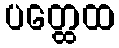
ပတ္ထေထ